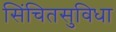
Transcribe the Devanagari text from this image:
सिंचितसुविधा